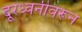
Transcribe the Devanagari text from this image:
दूरध्वनीवरून